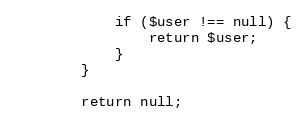
Language: PHP
            if ($user !== null) {
                return $user;
            }
        }

        return null;